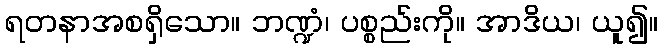
ရတနာအစရှိသော။ ဘဏ္ဍံ၊ ပစ္စည်းကို။ အာဒိယ၊ ယူ၍။